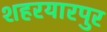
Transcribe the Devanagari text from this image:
शहरयारपुर